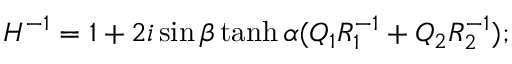
H ^ { - 1 } = 1 + 2 i \sin \beta \operatorname { t a n h } \alpha ( { \cal Q } _ { 1 } R _ { 1 } ^ { - 1 } + { \cal Q } _ { 2 } R _ { 2 } ^ { - 1 } ) ;